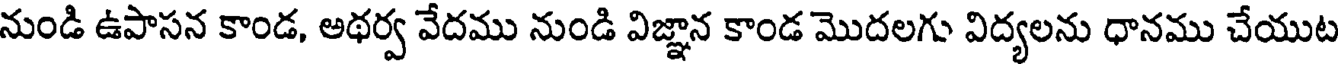
నుండి ఉపాసన కాండ, అథర్వ వేదము నుండి విజ్ఞాన కాండ మొదలగు విద్యలను ధానము చేయుట